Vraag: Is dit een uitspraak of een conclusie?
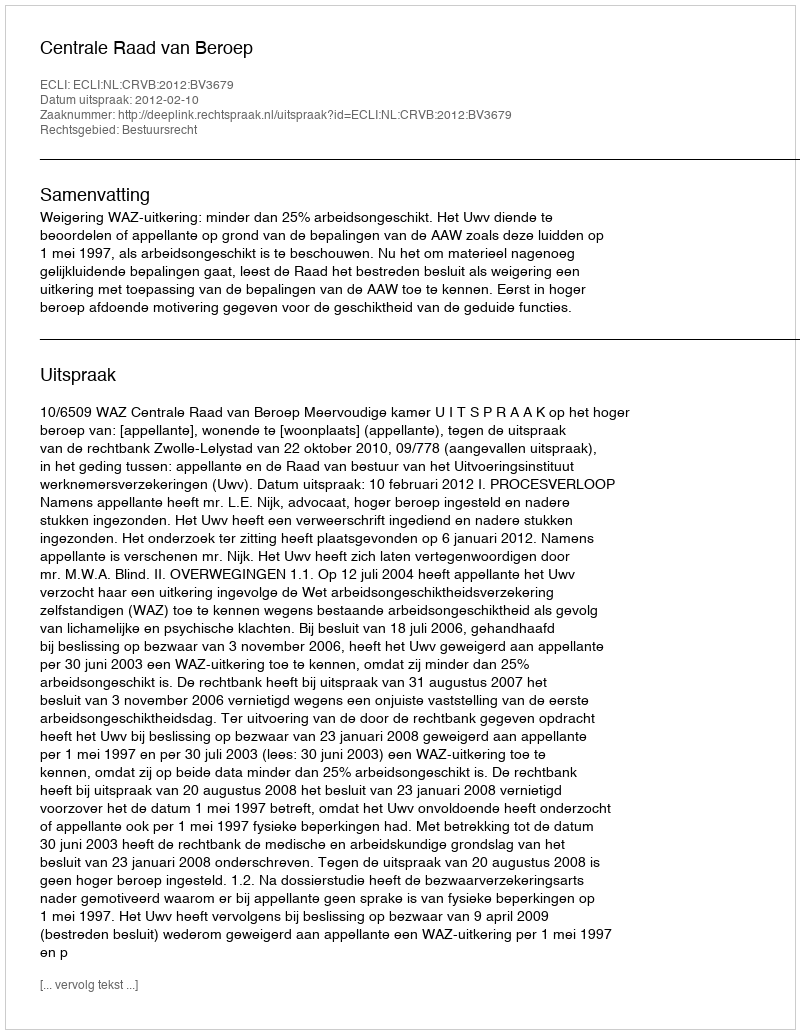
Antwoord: Uitspraak